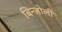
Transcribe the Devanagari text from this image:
बिन्जोली